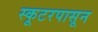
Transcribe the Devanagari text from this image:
स्कूटरपासून